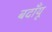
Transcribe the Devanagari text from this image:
बदाँयू